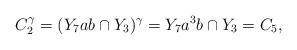
LaTeX: \begin{align*}C_2^{\gamma}=(Y_7ab\cap Y_3)^{\gamma}=Y_7a^3b\cap Y_3=C_5,\end{align*}